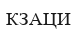
КЗАЦИ